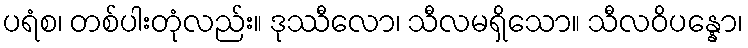
ပရံစ၊ တစ်ပါးတုံလည်း။ ဒုဿီလော၊ သီလမရှိသော။ သီလဝိပန္နော၊